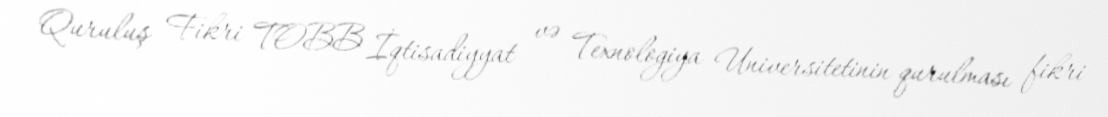
Quruluş Fikri TOBB İqtisadiyyat və Texnologiya Universitetinin qurulması fikri